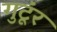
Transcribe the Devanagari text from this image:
गुटूंर